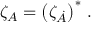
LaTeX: \zeta _ { A } = \left( \zeta _ { \dot { A } } \right) ^ { * } \, .